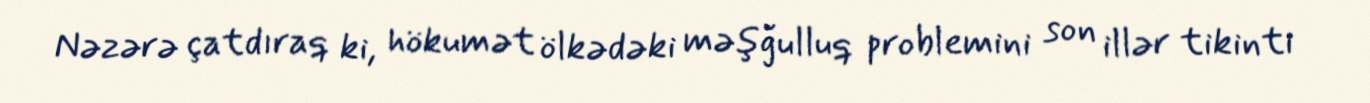
Nəzərə çatdıraq ki, hökumət ölkədəki məşğulluq problemini son illər tikinti